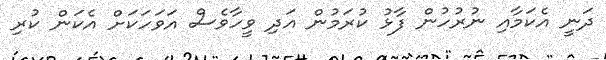
ދަނީ އެކަމާއި ނުރުހުން ފާޅު ކުރަމުން އަދި ވީހާވެސް އަވަހަކަށް އެކަން ކުރި